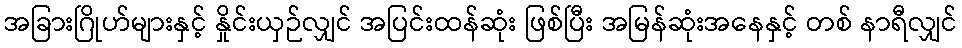
အခြားဂြိုဟ်များနှင့် နှိုင်းယှဉ်လျှင် အပြင်းထန်ဆုံး ဖြစ်ပြီး အမြန်ဆုံးအနေနှင့် တစ် နာရီလျှင်